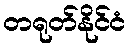
တရုတ်နိုင်ငံ